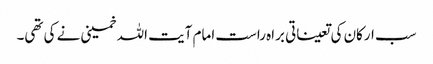
سب ارکان کی تعیناتی براہ راست امام آیت اللہ خمینی نے کی تھی۔